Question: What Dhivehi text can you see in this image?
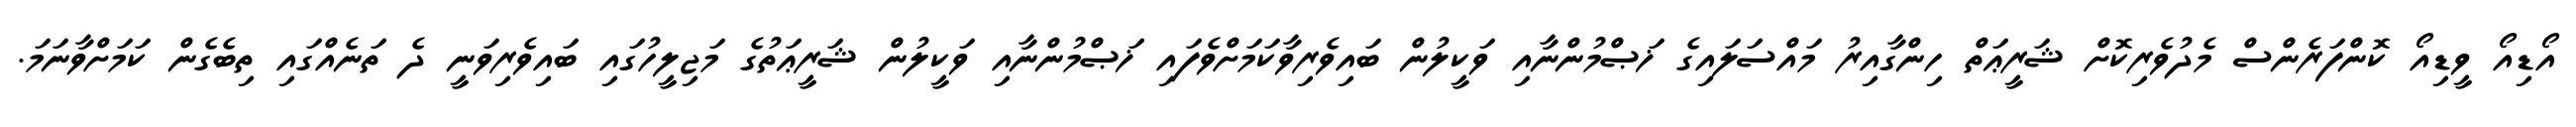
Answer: އޯޑިއޯ ވީޑިއޯ ކޮންފަރެންސް މެދުވެރިކޮށް ޝަރީޢަތް ހިންގާއިރު މައްސަލައިގެ ޚަޞްމުންނާއި ވަކީލުން ބައިވެރިވާކަމަށްވެފައި ޚަޞްމުންނާއި ވަކީލުން ޝަރީޢަތުގެ މަޖިލީހުގައި ބައިވެރިވަނީ ދެ ތަނެއްގައި ތިބެގެން ކަމަށްވާނަމަ.